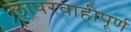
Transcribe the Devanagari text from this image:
लापरवाहीपूर्ण